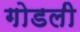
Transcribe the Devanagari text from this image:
गोडली